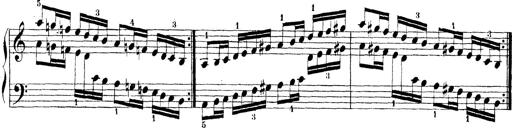
Title: Technische Studien
Composer: Franz Liszt